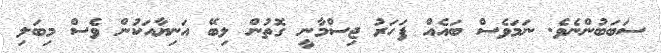
ސަބަބުންނެވެ. ނަމަވެސް ބައެއް ފަހަރު ޖިސްމާނީ ގޮތުން ލިބޭ އަނިޔާއަކުން ވެސް މިބަލި